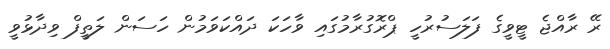
ރޭ ރާއްޖެ ޓީވީގެ ފަލަސުރުހީ ޕްރޮގުރާމުގައި ވާހަކަ ދައްކަވަމުން ހަސަން ލަތީފް ވިދާޅުވީ